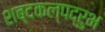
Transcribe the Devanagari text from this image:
शब्दकल्पद्रुभ